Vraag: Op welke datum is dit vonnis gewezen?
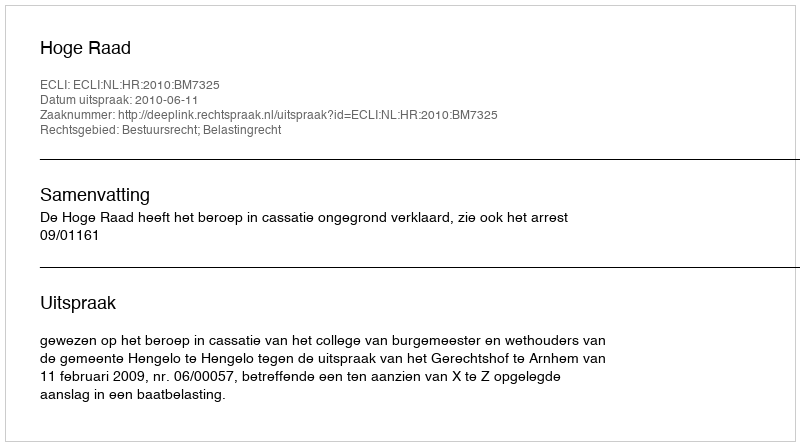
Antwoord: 2010-06-11